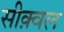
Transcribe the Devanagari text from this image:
सीक़्वल